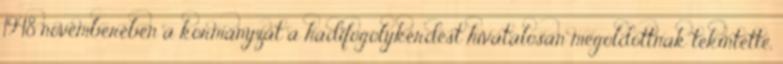
1948 novemberében a kormányzat a hadifogolykérdést hivatalosan megoldottnak tekintette,